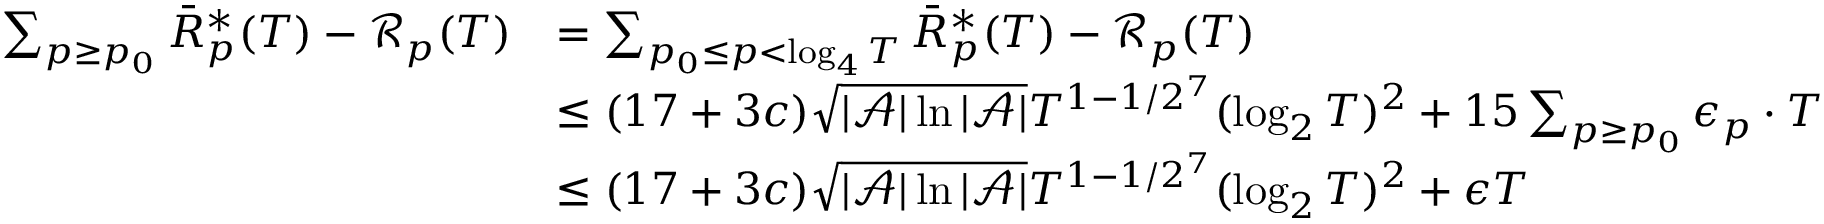
\begin{array} { r l } { \sum _ { p \geq p _ { 0 } } \bar { R } _ { p } ^ { * } ( T ) - \mathcal { R } _ { p } ( T ) } & { = \sum _ { p _ { 0 } \leq p < \log _ { 4 } T } \bar { R } _ { p } ^ { * } ( T ) - \mathcal { R } _ { p } ( T ) } \\ & { \leq ( 1 7 + 3 c ) \sqrt { | \mathcal { A } | \ln | \mathcal { A } | } T ^ { 1 - 1 / 2 ^ { 7 } } ( \log _ { 2 } T ) ^ { 2 } + 1 5 \sum _ { p \geq p _ { 0 } } \epsilon _ { p } \cdot T } \\ & { \leq ( 1 7 + 3 c ) \sqrt { | \mathcal { A } | \ln | \mathcal { A } | } T ^ { 1 - 1 / 2 ^ { 7 } } ( \log _ { 2 } T ) ^ { 2 } + \epsilon T } \end{array}